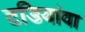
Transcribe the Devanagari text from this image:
टडियांवा